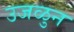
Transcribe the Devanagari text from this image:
उजळुन